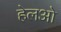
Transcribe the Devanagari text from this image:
हेलओ